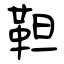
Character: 靼